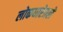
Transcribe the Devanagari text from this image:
लोकधारेतले